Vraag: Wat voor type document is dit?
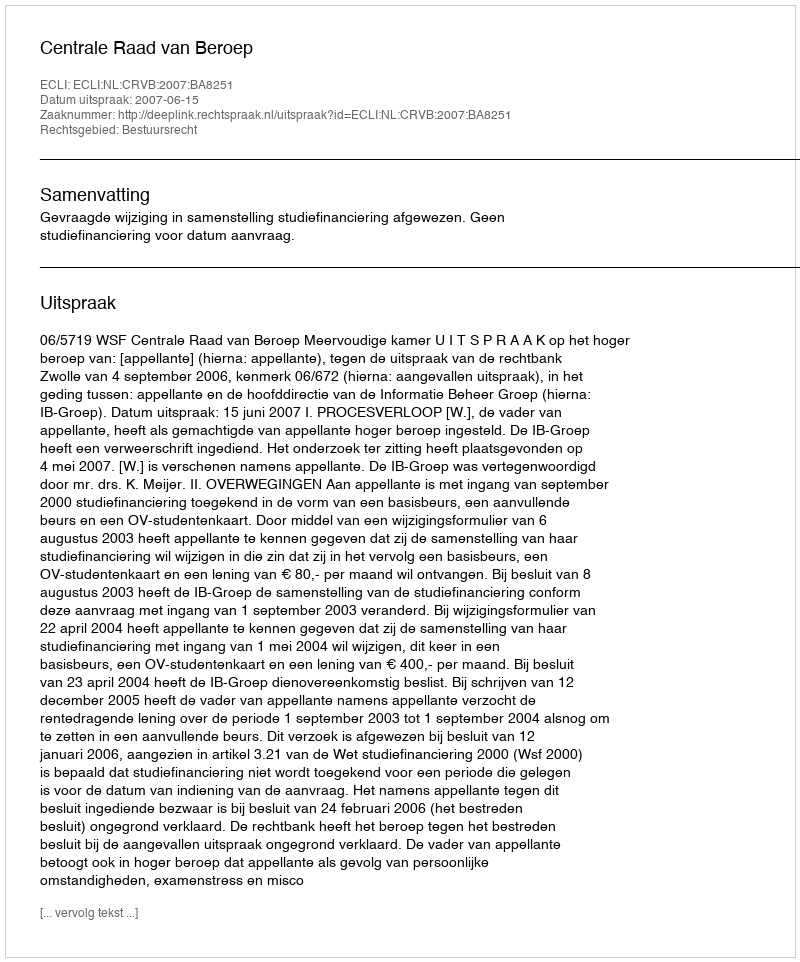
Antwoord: Uitspraak